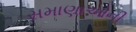
સમાણાઓની